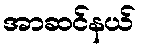
အာဆင်နယ်